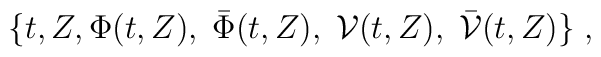
\{ t, Z , \Phi (t,Z),\; \bar{\Phi} (t,Z),\;{\cal V} (t,Z),\;\bar{{\cal V}} (t,Z) \}\;,